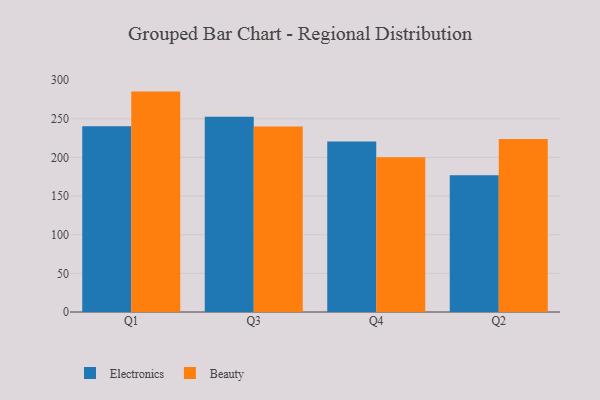
{"axis": {"x": "Quarter", "y": "Humidity (%)"}, "legend": ["Beauty", "Electronics"], "data": [{"x": "Q1", "y": 240.2, "type": "Electronics"}, {"x": "Q1", "y": 285.1, "type": "Beauty"}, {"x": "Q3", "y": 252.6, "type": "Electronics"}, {"x": "Q3", "y": 239.9, "type": "Beauty"}, {"x": "Q4", "y": 220.7, "type": "Electronics"}, {"x": "Q4", "y": 200.2, "type": "Beauty"}, {"x": "Q2", "y": 177.0, "type": "Electronics"}, {"x": "Q2", "y": 223.9, "type": "Beauty"}]}